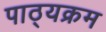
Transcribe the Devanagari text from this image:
पाठ्‍यक्रम